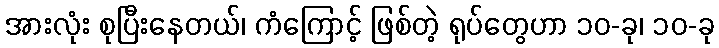
အားလုံး စုပြီးနေတယ်၊ ကံကြောင့် ဖြစ်တဲ့ ရုပ်တွေဟာ ၁၀-ခု၊ ၁၀-ခု